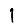
Digit: 1